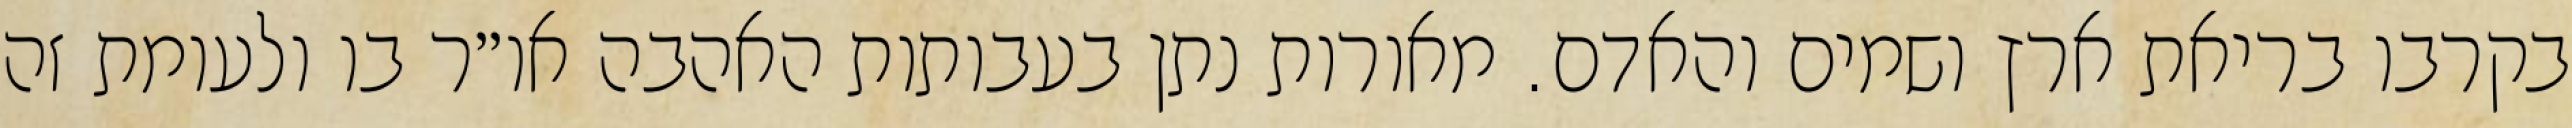
בקרבו בריאת ארץ ושמים והאדם. מאורות נתן בעבותות האהבה או״ר בו ולעומת זה